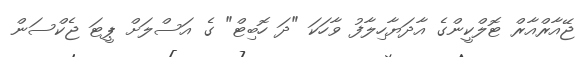
ޖޭއާރްއާރް ޓޮލްކީންގެ އާދަޔާހިލާފު ވާހަކަ "ދަ ހޮބިޓް" ގެ އަސްލަށް ޕީޓަ ޖެކްސަން